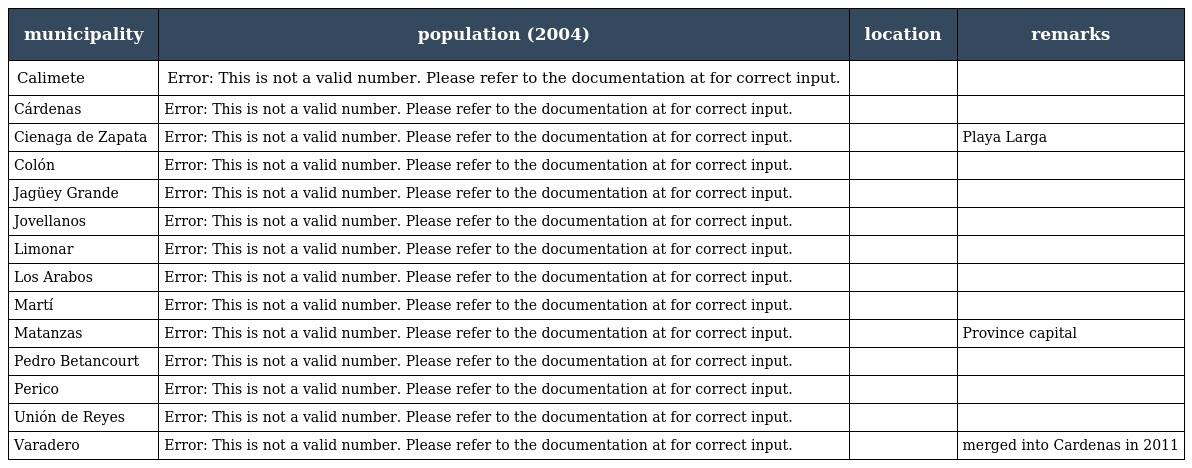
| municipality | population (2004) | location | remarks |
 | --- | --- | --- | --- |
 | Calimete | Error: This is not a valid number. Please refer to the documentation at for correct input. |  |  |
 | Cárdenas | Error: This is not a valid number. Please refer to the documentation at for correct input. |  |  |
 | Cienaga de Zapata | Error: This is not a valid number. Please refer to the documentation at for correct input. |  | Playa Larga |
 | Colón | Error: This is not a valid number. Please refer to the documentation at for correct input. |  |  |
 | Jagüey Grande | Error: This is not a valid number. Please refer to the documentation at for correct input. |  |  |
 | Jovellanos | Error: This is not a valid number. Please refer to the documentation at for correct input. |  |  |
 | Limonar | Error: This is not a valid number. Please refer to the documentation at for correct input. |  |  |
 | Los Arabos | Error: This is not a valid number. Please refer to the documentation at for correct input. |  |  |
 | Martí | Error: This is not a valid number. Please refer to the documentation at for correct input. |  |  |
 | Matanzas | Error: This is not a valid number. Please refer to the documentation at for correct input. |  | Province capital |
 | Pedro Betancourt | Error: This is not a valid number. Please refer to the documentation at for correct input. |  |  |
 | Perico | Error: This is not a valid number. Please refer to the documentation at for correct input. |  |  |
 | Unión de Reyes | Error: This is not a valid number. Please refer to the documentation at for correct input. |  |  |
 | Varadero | Error: This is not a valid number. Please refer to the documentation at for correct input. |  | merged into Cardenas in 2011 |